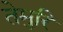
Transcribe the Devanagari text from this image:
तेमुरि